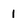
Character: 1